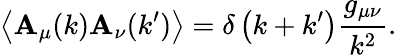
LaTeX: \left\langle\mathbf{A}_{\mu}(k)\mathbf{A}_{\nu}(k^{\prime})\right\rangle=\delta\left(k+k^{\prime}\right){\frac{{g_{\mu\nu}}}{{k^{2}}}}.